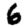
Digit: 6